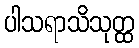
ပါသရာသိသုတ္ထ